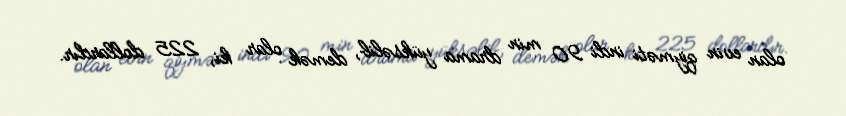
olan evin qiyməti indi 90 min drama yüksəlib, demək olar ki, 225 dollardır.